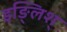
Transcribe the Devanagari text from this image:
इङ्लिश्